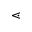
\lessdot